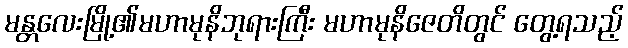
မန္တလေးမြို့၏မဟာမုနိဘုရားကြီး မဟာမုနိဇေတိတွင် တွေ့ရသည့်